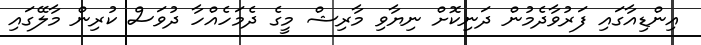
އިންޑިއާގައި ފަރުވާދެމުން ދަނިކޮށް ނިޔާވި މާރިޝް މީގެ ދެމަހެއްހާ ދުވަސް ކުރިން މާލޭގައި